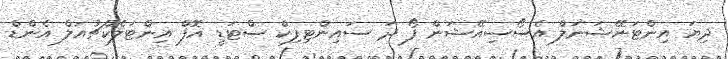
ދިޔަ އިންޓަނޭޝަނަލް އެސޯސިއޭޝަން ފޯ ދަ ސައިންޓިފިކް ސްޓަޑީ އޮފް އިންޓަލެކްޗުއަލް އެންޑް